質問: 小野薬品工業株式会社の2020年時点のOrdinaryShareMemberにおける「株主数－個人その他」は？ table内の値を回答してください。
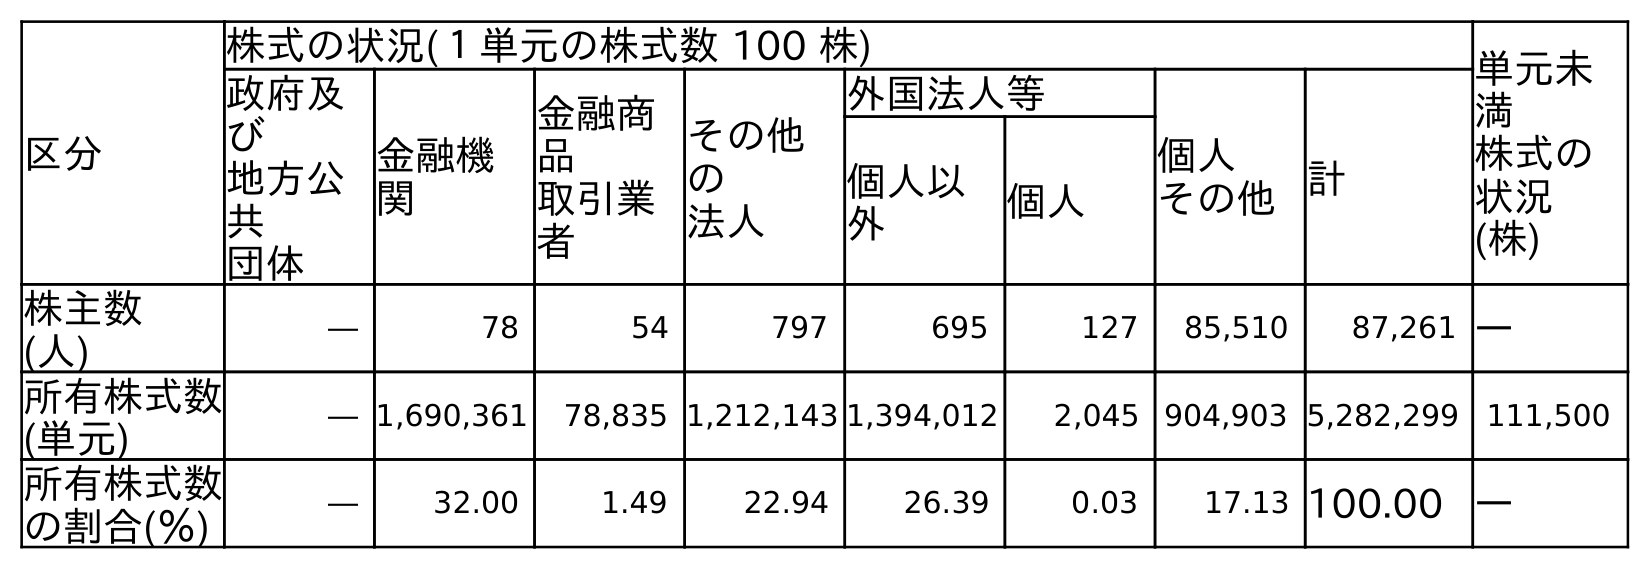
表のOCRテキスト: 区分 株式の状況(１単元の株式数 100 株) 単元未 満 株式の 状況 (株) 政府及 び 地方公 共 団体 金融機 関 金融商 品 取引業 者 その他 の 法人 外国法人等 個人 その他計 個人以 外 個人 株主数 (人) ― 78 54 797 695 127 85,510 87,261 ― 所有株式数 (単元) ― 1,690,361 78,835 1,212,143 1,394,012 2,045 904,903 5,282,299 111,500 所有株式数 の割合(％) ― 32.00 1.49 22.94 26.39 0.03 17.13 100.00 ―
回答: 85,510